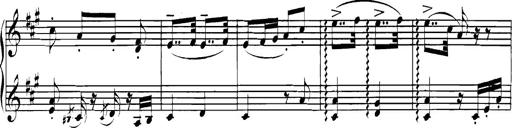
Title: Spinnerlied aus dem Fliegenden HollÃ¤nder
Composer: Franz Liszt